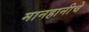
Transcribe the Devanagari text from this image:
मानहानीचे